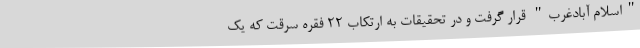
"اسلام آبادغرب" قرار گرفت و در تحقیقات به ارتکاب 22 فقره سرقت که یک